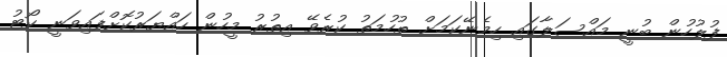
ފުލުހުން ބުނީ މައްސަލާގައި ހިމެނޭކަމަށް ތުހުމަތު ކުރެވޭ އިތުރު މީހުން ހައްޔަރުކޮށްފައިވަނީ ކޯޓު